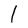
Character: l